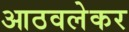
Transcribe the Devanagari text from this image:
आठवलेकर